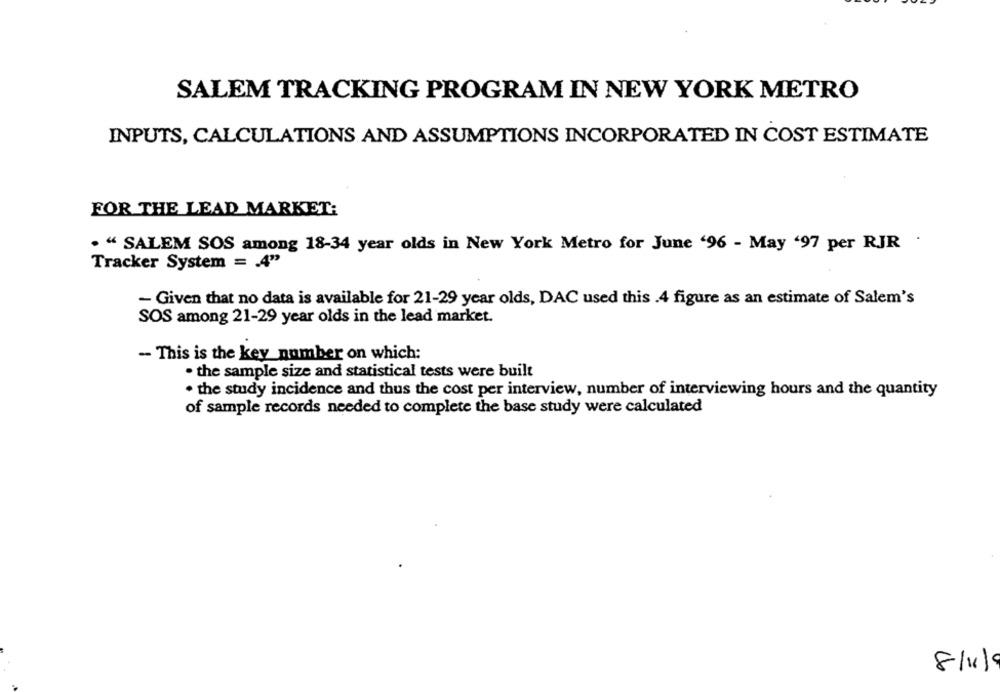
SALEM TRACKING PROGRAM IN NEW YORK METRO
INPUTS, CALCULATIONS AND ASSUMPTIONS INCORPORATED IN COST ESTIMATE
FOR THE LEAD MARKET:
. " SALEM SOS among 18-34 year olds in New York Metro for June '96 - May '97 per RJR .
Tracker System = 4"
- Given that no data is available for 21-29 year olds, DAC used this .4 figure as an estimate of Salem's
SOS among 21-29 year olds in the lead market.
- This is the key_number on which:
· the sample size and statistical tests were built
· the study incidence and thus the cost per interview, number of interviewing hours and the quantity
of sample records needed to complete the base study were calculated
8/11/